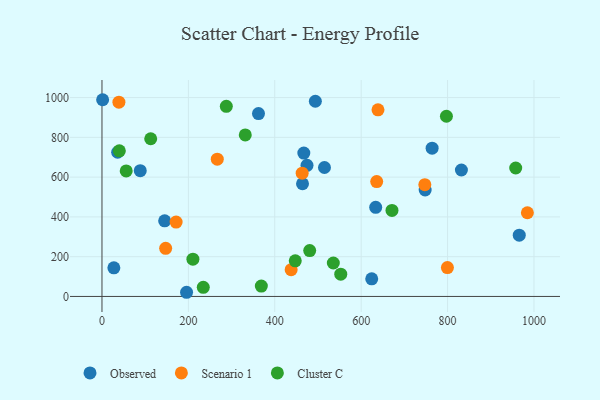
{"axis": {"x": "Ad Spend", "y": "Yield"}, "legend": ["Cluster C", "Observed", "Scenario 1"], "data": [{"x": "27.5", "y": 143.9, "type": "Observed"}, {"x": "624.4", "y": 88.6, "type": "Observed"}, {"x": "764.2", "y": 745.8, "type": "Observed"}, {"x": "832.0", "y": 635.8, "type": "Observed"}, {"x": "493.9", "y": 981.5, "type": "Observed"}, {"x": "965.9", "y": 307.9, "type": "Observed"}, {"x": "633.6", "y": 448.2, "type": "Observed"}, {"x": "145.1", "y": 380.3, "type": "Observed"}, {"x": "362.3", "y": 919.7, "type": "Observed"}, {"x": "88.6", "y": 632.4, "type": "Observed"}, {"x": "467.2", "y": 720.9, "type": "Observed"}, {"x": "195.8", "y": 21.0, "type": "Observed"}, {"x": "474.6", "y": 659.3, "type": "Observed"}, {"x": "464.2", "y": 566.6, "type": "Observed"}, {"x": "515.0", "y": 648.4, "type": "Observed"}, {"x": "748.1", "y": 535.3, "type": "Observed"}, {"x": "36.3", "y": 725.0, "type": "Observed"}, {"x": "1.5", "y": 989.2, "type": "Observed"}, {"x": "747.3", "y": 561.9, "type": "Scenario 1"}, {"x": "171.6", "y": 373.8, "type": "Scenario 1"}, {"x": "799.6", "y": 145.4, "type": "Scenario 1"}, {"x": "463.4", "y": 619.9, "type": "Scenario 1"}, {"x": "437.9", "y": 134.4, "type": "Scenario 1"}, {"x": "266.9", "y": 690.2, "type": "Scenario 1"}, {"x": "39.2", "y": 976.8, "type": "Scenario 1"}, {"x": "984.7", "y": 421.0, "type": "Scenario 1"}, {"x": "147.4", "y": 242.2, "type": "Scenario 1"}, {"x": "638.9", "y": 938.6, "type": "Scenario 1"}, {"x": "635.9", "y": 577.4, "type": "Scenario 1"}, {"x": "234.5", "y": 45.9, "type": "Cluster C"}, {"x": "535.5", "y": 168.2, "type": "Cluster C"}, {"x": "797.3", "y": 906.0, "type": "Cluster C"}, {"x": "480.8", "y": 230.7, "type": "Cluster C"}, {"x": "40.2", "y": 732.1, "type": "Cluster C"}, {"x": "112.8", "y": 792.9, "type": "Cluster C"}, {"x": "671.3", "y": 432.7, "type": "Cluster C"}, {"x": "331.7", "y": 812.0, "type": "Cluster C"}, {"x": "957.7", "y": 646.0, "type": "Cluster C"}, {"x": "210.5", "y": 187.5, "type": "Cluster C"}, {"x": "287.8", "y": 955.8, "type": "Cluster C"}, {"x": "56.1", "y": 631.2, "type": "Cluster C"}, {"x": "447.4", "y": 179.2, "type": "Cluster C"}, {"x": "368.9", "y": 52.2, "type": "Cluster C"}, {"x": "552.7", "y": 111.9, "type": "Cluster C"}]}